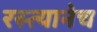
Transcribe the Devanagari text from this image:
रस्त्यानेच